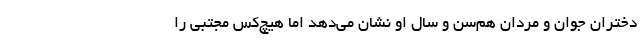
دختران جوان و مردان هم‌سن و سال او نشان می‌دهد اما هیچ‌کس مجتبی را